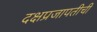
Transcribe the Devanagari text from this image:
दक्षप्रजापतीची